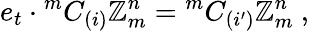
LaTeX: e_{t}\cdot{^mC_{(i)}}\mathbb{Z}_{m}^{n}={^mC_{(i^{\prime})}}\mathbb{Z}_{m}^{n}~,